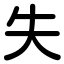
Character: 失